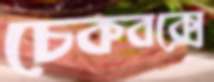
চেকবক্সে